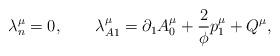
LaTeX: \begin{align*}\lambda^\mu_n=0, \qquad \lambda^\mu_{A1}=\partial_1 A^\mu_0+\frac 2\phi p_1^\mu +Q^\mu,\end{align*}